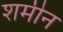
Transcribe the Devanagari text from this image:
शमीन